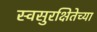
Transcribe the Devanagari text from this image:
स्वसुरक्षितेच्या